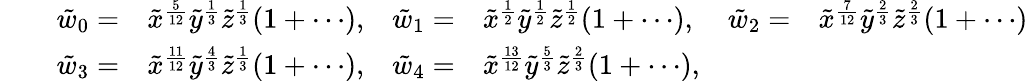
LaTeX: \begin{array}{rlrlrlrl}&{}&{\tilde{w}_{0}=}&{\tilde{x}^{\frac{5}{12}}\tilde{y}^{\frac{1}{3}}\tilde{z}^{\frac{1}{3}}(1+\cdots),}&{\tilde{w}_{1}=}&{\tilde{x}^{\frac{1}{2}}\tilde{y}^{\frac{1}{2}}\tilde{z}^{\frac{1}{2}}(1+\cdots),}&{\tilde{w}_{2}=}&{\tilde{x}^{\frac{7}{12}}\tilde{y}^{\frac{2}{3}}\tilde{z}^{\frac{2}{3}}(1+\cdots)}\\ &{}&{\tilde{w}_{3}=}&{\tilde{x}^{\frac{11}{12}}\tilde{y}^{\frac{4}{3}}\tilde{z}^{\frac{1}{3}}(1+\cdots),}&{\tilde{w}_{4}=}&{\tilde{x}^{\frac{13}{12}}\tilde{y}^{\frac{5}{3}}\tilde{z}^{\frac{2}{3}}(1+\cdots),}\end{array}